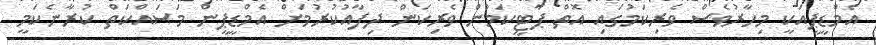
އެމްޑީޕީއަކީ މިހާރުވެސް ވެރިކަމުގައި އޮތް ޕާޓީކަމުން ވެރިކަން ދިފާއުކުރުމަށް އެމްޑީޕީން މަސައްކަތް ކުރާނެކަމީ